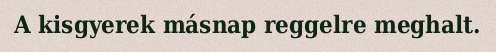
A kisgyerek másnap reggelre meghalt.